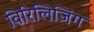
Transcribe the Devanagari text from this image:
विरिलिज़िंग